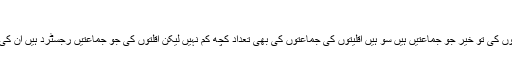
اقلیتی جماعتیں
پاکستان میں مسلمانوں کی تو خیر جو جماعتیں ہیں سو ہیں اقلیتوں کی جماعتوں کی بھی تعداد کچھ کم نہیں لیکن اقلتوں کی جو جماعتیں رجسٹرد ہیں ان کی تعداد بہت کم ہے ۔